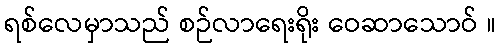
ရစ်လေမှာသည် စဉ်လာရေးရိုး ဝေဆာသောဝ် ။